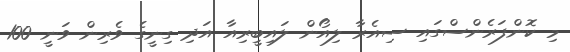
މި ކޮންފަރެންސްގައި ސިއެރާ ލިއޯން ލައިބީރިއާ އަދި ގިނީގެ ވެރިން ވަނީ 100